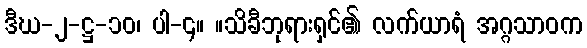
ဒီဃ-၂-ဋ္ဌ-၁၀၊ ပါ-၄။ ။သိခီဘုရားရှင်၏ လက်ယာရံ အဂ္ဂသာဝက